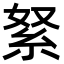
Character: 䋈